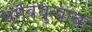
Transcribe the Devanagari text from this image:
धर्मबंधुत्वाचा